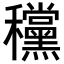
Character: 𥤗